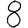
Digit: 8